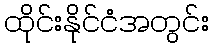
ထိုင်းနိုင်ငံအတွင်း